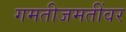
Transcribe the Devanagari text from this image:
गमतीजमतींवर